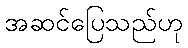
အဆင်ပြေသည်ဟု